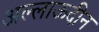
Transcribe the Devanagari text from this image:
अल्लाऊदीन